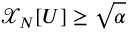
\mathcal { X } _ { N } [ U ] \ge \sqrt { \alpha }